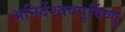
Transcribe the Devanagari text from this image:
अनिर्देश्यवपुर्विष्णु